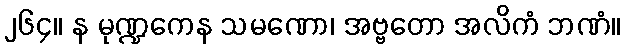
၂၆၄။ န မုဏ္ဍကေန သမဏော၊ အဗ္ဗတော အလိကံ ဘဏံ။